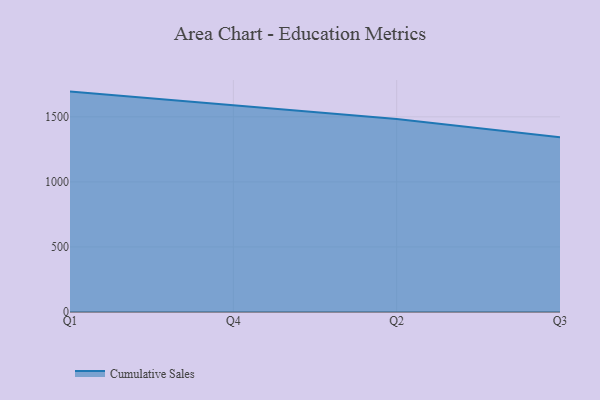
{"axis": {"x": "Quarter", "y": "Latency (ms)"}, "legend": ["Cumulative Sales"], "data": [{"x": "Q1", "y": 1694.1, "type": "Cumulative Sales"}, {"x": "Q4", "y": 1589.9, "type": "Cumulative Sales"}, {"x": "Q2", "y": 1484.3, "type": "Cumulative Sales"}, {"x": "Q3", "y": 1342.9, "type": "Cumulative Sales"}]}